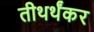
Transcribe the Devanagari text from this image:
तीथर्थंकर